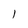
Character: l